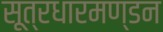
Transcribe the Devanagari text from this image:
सूत्रधारमण्डन